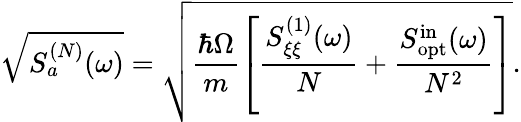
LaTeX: \sqrt{S_{a}^{(N)}(\omega)}=\sqrt{\frac{\hbar\Omega}{m}\left[\frac{S_{\xi\xi}^{(1)}(\omega)}{N}+\frac{S_{\mathrm{opt}}^{\mathrm{in}}(\omega)}{N^{2}}\right]}.